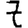
Digit: 7